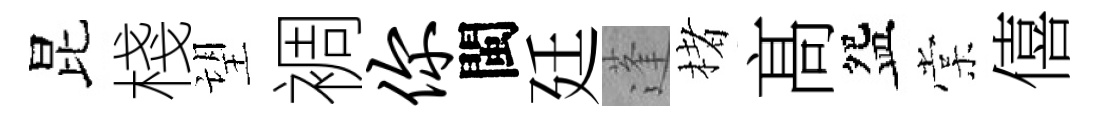
昆棧望裯你閩廷蓬楮髙盌棠僖